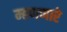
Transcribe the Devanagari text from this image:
म्हणणारे